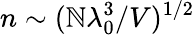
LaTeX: n\sim(\mathbb{N}\lambda_{0}^{3}/V)^{1/2}